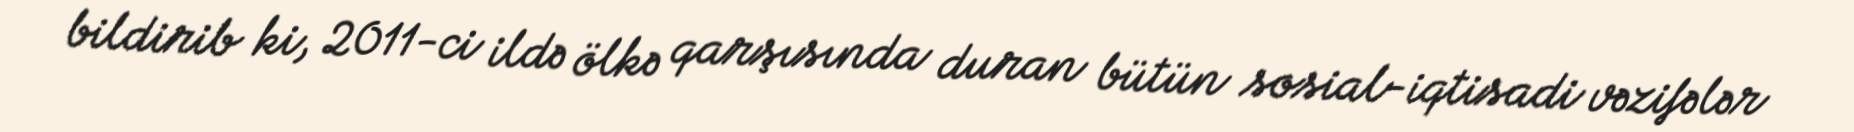
bildirib ki, 2011-ci ildə ölkə qarşısında duran bütün sosial-iqtisadi vəzifələr